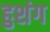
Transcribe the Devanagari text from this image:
हुशंग